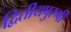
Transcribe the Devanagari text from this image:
द्वितीयपुरुषी